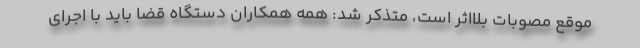
موقع مصوبات بلااثر است، متذکر شد: همه همکاران دستگاه قضا باید با اجرای